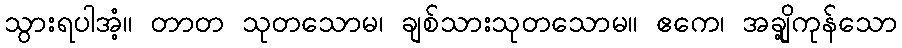
သွားရပါအံ့။ တာတ သုတသောမ၊ ချစ်သားသုတသောမ။ ဧကေ၊ အချို့ကုန်သော